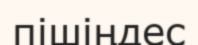
пішіңдес